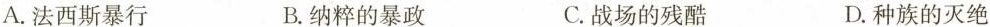
A.法西斯暴行 B.纳粹的暴政 C.战场的残酷 D.种族的灭绝